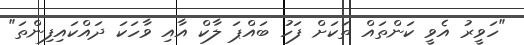
"ހަވީރު އެވީ ކަންތައް ތަކަށް ފަހު ބައްޕަ ލާކް އާއި ވާހަކަ ދައްކައިފިންތަ"